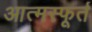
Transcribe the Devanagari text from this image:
आत्मस्फूर्त